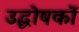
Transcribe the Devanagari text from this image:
उद्धोषकों